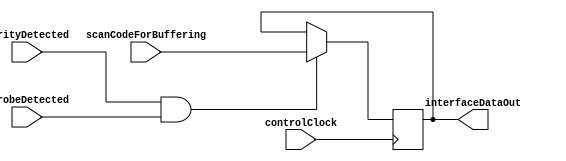

module DataOutputRegister(
		input controlClock,
		input 				parityDetected,
		input 				strobeDetected,
		input [7:0]	scanCodeForBuffering,
		output [7:0] interfaceDataOut
    );

	reg [7:0] bufferRegister;
	
	always@(posedge controlClock)
		if(parityDetected && strobeDetected)
			bufferRegister <= scanCodeForBuffering;
			
	assign interfaceDataOut = bufferRegister;

endmodule